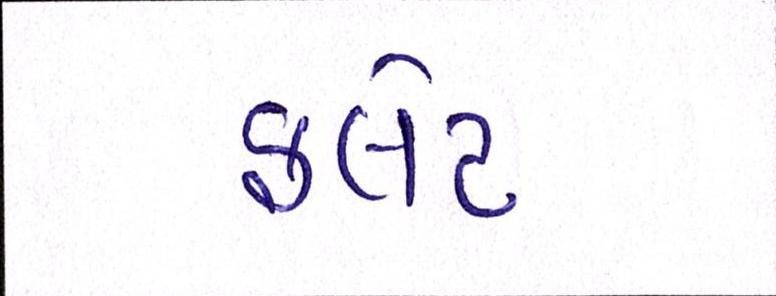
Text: ફલેટ